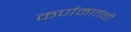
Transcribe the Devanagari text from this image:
कर्णमातंगी